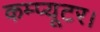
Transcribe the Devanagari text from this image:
कम्प्यूटर।